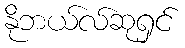
နိုဘယ်လ်ဆုရှင်